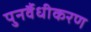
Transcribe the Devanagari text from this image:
पुनर्वैधीकरण